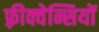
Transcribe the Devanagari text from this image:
फ़्रीक्वेन्सियों